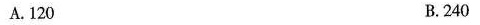
A.120 B.240